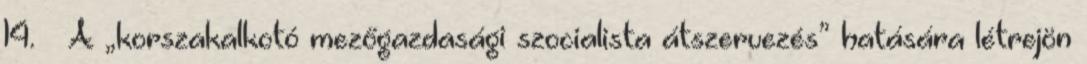
14. – A „korszakalkotó mezőgazdasági szocialista átszervezés” hatására létrejön